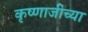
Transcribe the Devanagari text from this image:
कृष्णाजीच्या